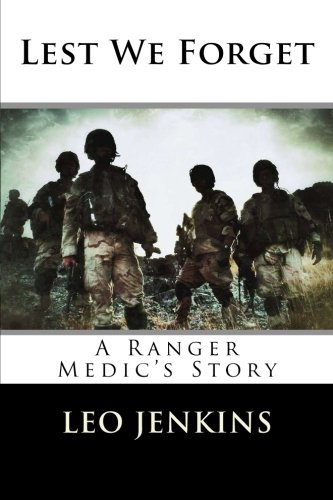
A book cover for Lest We Forget: An Army Ranger Medic's Story; leo jenkins; History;